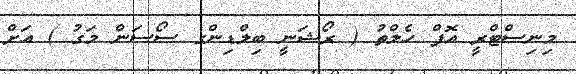
މިނިސްޓްރީ އޮފް ހެލްތު ( ރޯޝަނީ ބިލްޑިންގ ސޯސަން މަގު ) އަށް